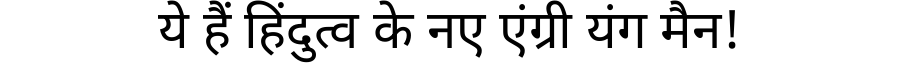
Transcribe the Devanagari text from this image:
ये हैं हिंदुत्व के नए एंग्री यंग मैन!